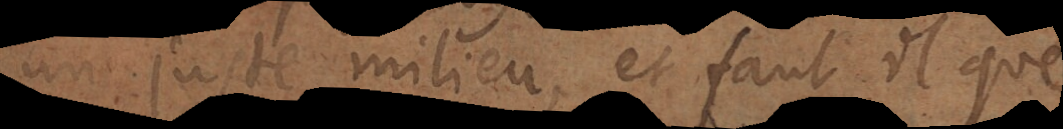
un juste milieu, et faut il que